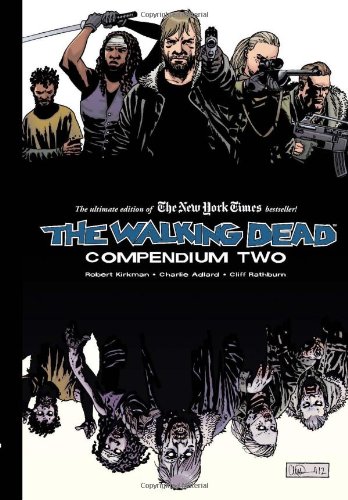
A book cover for The Walking Dead: Compendium Two; Robert Kirkman; Comics & Graphic Novels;